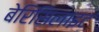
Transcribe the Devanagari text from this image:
बेरिसिलाइट